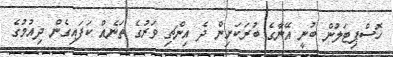
ހޮސްޕިޓަލުން ބުނީ އޭނާގެ ބުރަކަށިން ދެ އިންޗި ވަރުގެ ތަނެއް ކަފައިގެން ދިއުމުގެ